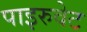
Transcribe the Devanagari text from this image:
पाइरुवेट